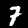
Label: 7